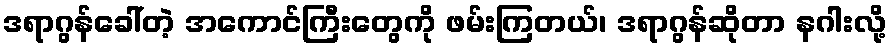
ဒရာဂွန်ခေါ်တဲ့ အကောင်ကြီးတွေကို ဖမ်းကြတယ်၊ ဒရာဂွန်ဆိုတာ နဂါးလို့